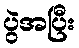
ပွဲအပြီး